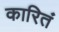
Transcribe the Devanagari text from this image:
कारितं